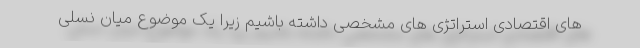
های اقتصادی استراتژی های مشخصی داشته باشیم زیرا یک موضوع میان نسلی